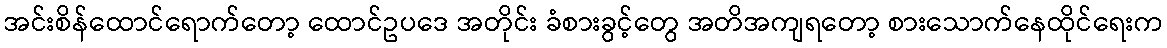
အင်းစိန်ထောင်ရောက်တော့ ထောင်ဥပဒေ အတိုင်း ခံစားခွင့်တွေ အတိအကျရတော့ စားသောက်နေထိုင်ရေးက